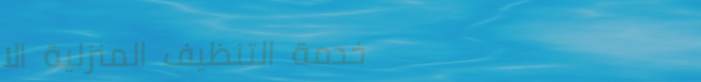
خدمة التنظيف المنزلية الا